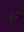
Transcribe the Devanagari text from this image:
द्रीप